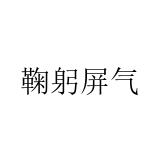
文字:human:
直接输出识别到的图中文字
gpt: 鞠躬屏气